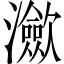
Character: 㶑